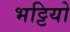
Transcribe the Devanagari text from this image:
भट्टियो